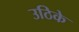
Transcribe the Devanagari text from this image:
उठिके